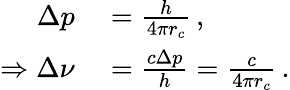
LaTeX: \begin{array}{rl}{\Delta p}&{{}=\frac{h}{4\pi r_{c}}\, ,}\\ {\Rightarrow\Delta\nu}&{{}=\frac{c\Delta p}{h}=\frac{c}{4\pi r_{c}}\, .}\end{array}